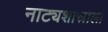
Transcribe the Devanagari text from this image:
नाट्यशास्राला